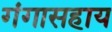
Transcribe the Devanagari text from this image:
गंगासहाय